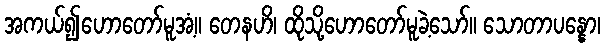
အကယ်၍ဟောတော်မူအံ့။ တေနဟိ၊ ထိုသို့ဟောတော်မူခဲ့သော်။ သောတာပန္နော၊